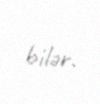
bilər.